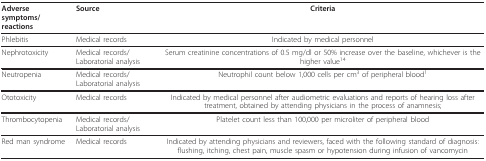
| Adverse symptoms/reactions | Source | Criteria |
 | --- | --- | --- |
 | Phlebitis | Medical records | Indicated by medical personnel |
 | Nephrotoxicity | Medical records/Laboratorial analysis | Serum creatinine concentrations of 0.5 mg/dl or 50% increase over the baseline, whichever is the higher value14 |
 | Neutropenia | Medical records/Laboratorial analysis | Neutrophil count below 1,000 cells per cm3 of peripheral blood1 |
 | Ototoxicity | Medical records | Indicated by medical personnel after audiometric evaluations and reports of hearing loss after treatment, obtained by attending physicians in the process of anamnesis; |
 | Thrombocytopenia | Medical records/Laboratorial analysis | Platelet count less than 100,000 per microliter of peripheral blood |
 | Red man syndrome | Medical records | Indicated by attending physicians and reviewers, faced with the following standard of diagnosis: flushing, itching, chest pain, muscle spasm or hypotension during infusion of vancomycin |